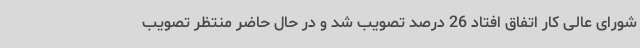
شورای عالی کار اتفاق افتاد 26 درصد تصویب شد و در حال حاضر منتظر تصویب